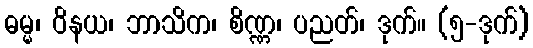
ဓမ္မ၊ ဝိနယ၊ ဘာသိက၊ စိဏ္ဏ၊ ပညတ်၊ ဒုက်။ (၅-ဒုက်)